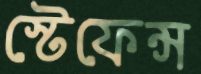
স্টেফেন্স